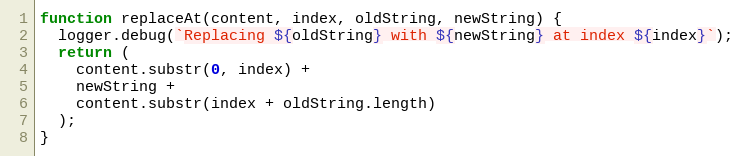
Language: JavaScript
function replaceAt(content, index, oldString, newString) {
  logger.debug(`Replacing ${oldString} with ${newString} at index ${index}`);
  return (
    content.substr(0, index) +
    newString +
    content.substr(index + oldString.length)
  );
}